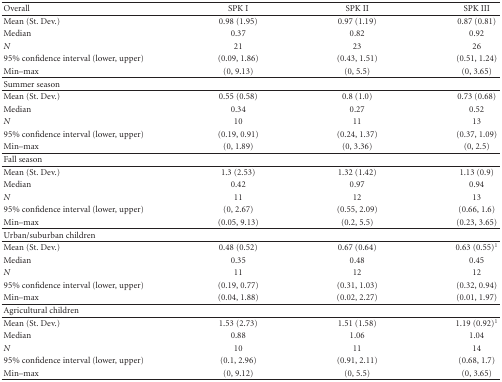
<table><thead><tr><td><b>Overall</b></td><td><b>SPK I</b></td><td><b>SPK II</b></td><td><b>SPK III</b></td></tr></thead><tbody><tr><td>Mean (St. Dev.)</td><td>0.98 (1.95)</td><td>0.97 (1.19)</td><td>0.87 (0.81)</td></tr><tr><td>Median</td><td>0.37</td><td>0.82</td><td>0.92</td></tr><tr><td><i>N</i></td><td>21</td><td>23</td><td>26</td></tr><tr><td>95% confidence interval (lower, upper)</td><td>(0.09, 1.86)</td><td>(0.43, 1.51)</td><td>(0.51, 1.24)</td></tr><tr><td>Min–max</td><td>(0, 9.13)</td><td>(0, 5.5)</td><td>(0, 3.65)</td></tr><tr><td>Summer season</td><td></td><td></td><td></td></tr><tr><td>Mean (St. Dev.)</td><td>0.55 (0.58)</td><td>0.8 (1.0)</td><td>0.73 (0.68)</td></tr><tr><td>Median</td><td>0.34</td><td>0.27</td><td>0.52</td></tr><tr><td><i>N</i></td><td>10</td><td>11</td><td>13</td></tr><tr><td>95% confidence interval (lower, upper)</td><td>(0.19, 0.91)</td><td>(0.24, 1.37)</td><td>(0.37, 1.09)</td></tr><tr><td>Min–max</td><td>(0, 1.89)</td><td>(0, 3.36)</td><td>(0, 2.5)</td></tr><tr><td>Fall season</td><td></td><td></td><td></td></tr><tr><td>Mean (St. Dev.)</td><td>1.3 (2.53)</td><td>1.32 (1.42)</td><td>1.13 (0.9)</td></tr><tr><td>Median</td><td>0.42</td><td>0.97</td><td>0.94</td></tr><tr><td><i>N</i></td><td>11</td><td>12</td><td>13</td></tr><tr><td>95% confidence interval (lower, upper)</td><td>(0, 2.67)</td><td>(0.55, 2.09)</td><td>(0.66, 1.6)</td></tr><tr><td>Min–max</td><td>(0.05, 9.13)</td><td>(0.2, 5.5)</td><td>(0.23, 3.65)</td></tr><tr><td>Urban/suburban children</td><td></td><td></td><td></td></tr><tr><td>Mean (St. Dev.)</td><td>0.48 (0.52)</td><td>0.67 (0.64)</td><td>0.63 (0.55)<sup>1</sup></td></tr><tr><td>Median</td><td>0.35</td><td>0.48</td><td>0.45</td></tr><tr><td><i>N</i></td><td>11</td><td>12</td><td>12</td></tr><tr><td>95% confidence interval (lower, upper)</td><td>(0.19, 0.77)</td><td>(0.31, 1.03)</td><td>(0.32, 0.94)</td></tr><tr><td>Min–max</td><td>(0.04, 1.88)</td><td>(0.02, 2.27)</td><td>(0.01, 1.97)</td></tr><tr><td>Agricultural children</td><td></td><td></td><td></td></tr><tr><td>Mean (St. Dev.)</td><td>1.53 (2.73)</td><td>1.51 (1.58)</td><td>1.19 (0.92)<sup>1</sup></td></tr><tr><td>Median</td><td>0.88</td><td>1.06</td><td>1.04</td></tr><tr><td><i>N</i></td><td>10</td><td>11</td><td>14</td></tr><tr><td>95% confidence interval (lower, upper)</td><td>(0.1, 2.96)</td><td>(0.91, 2.11)</td><td>(0.68, 1.7)</td></tr><tr><td>Min–max</td><td>(0, 9.12)</td><td>(0, 5.5)</td><td>(0, 3.65)</td></tr></tbody></table>